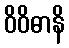
ဝိဝိဓာနိ